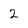
Character: 2